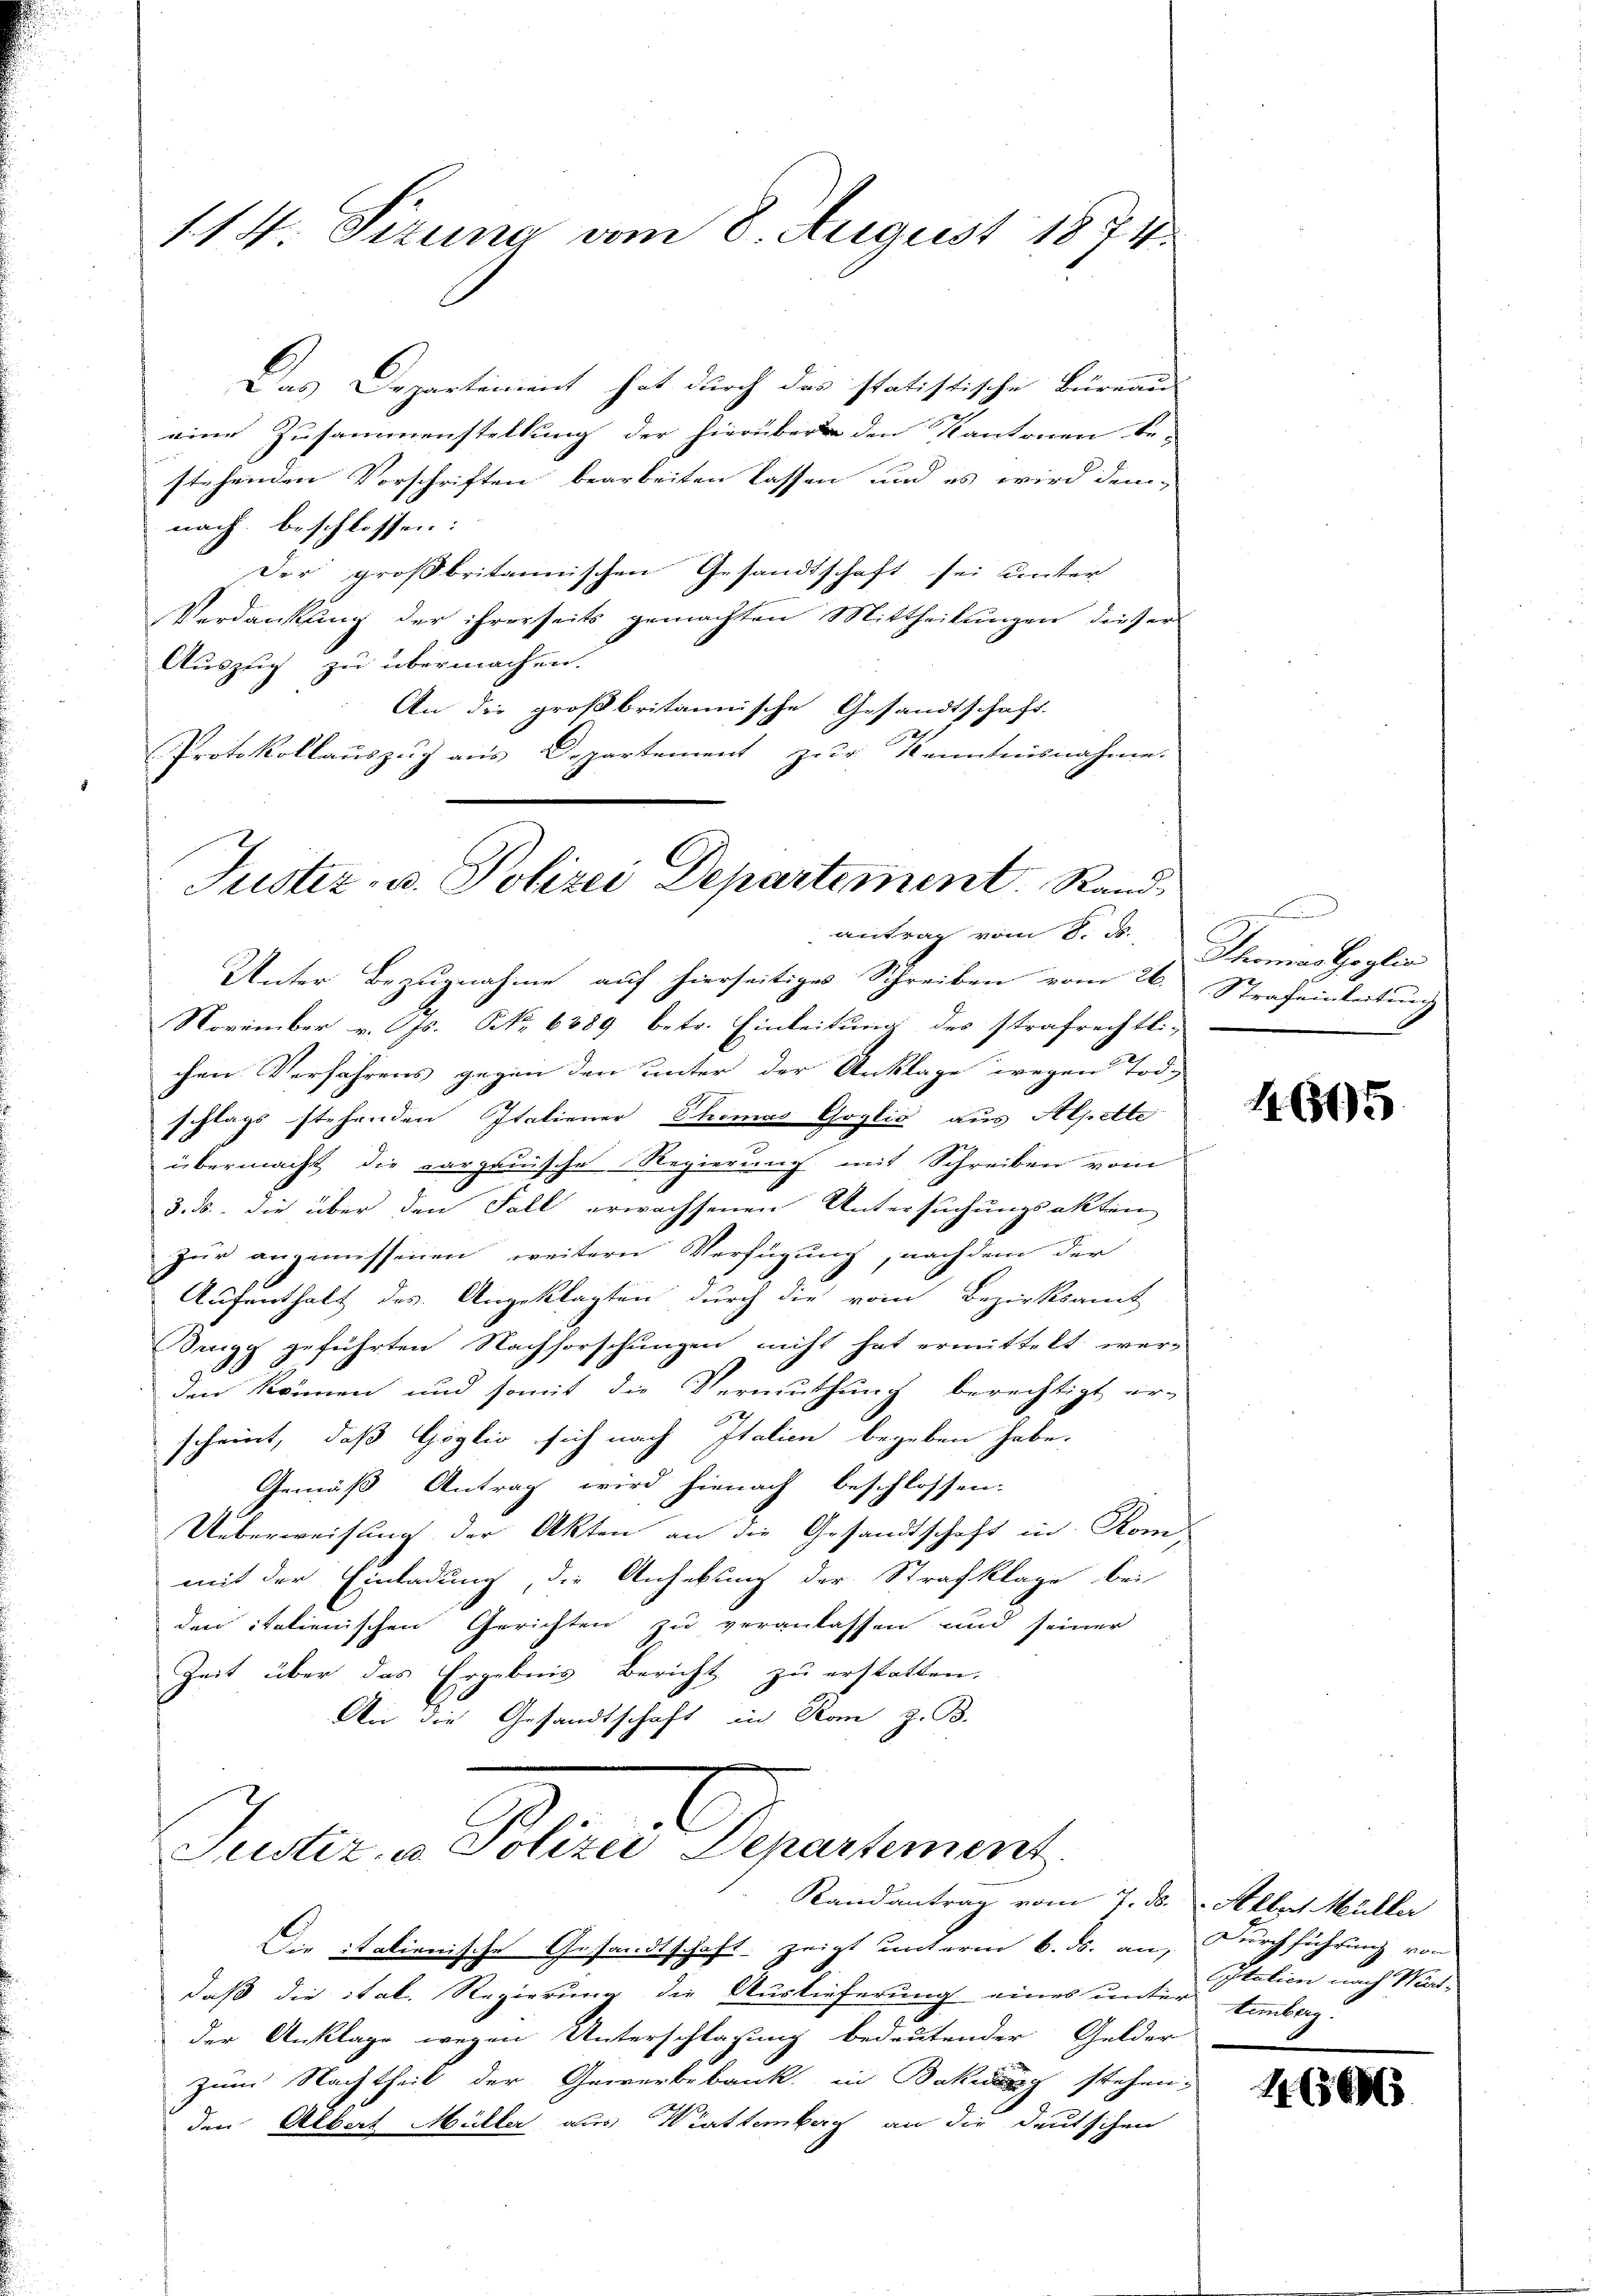
114. Sizung vom 8. August 1874.

Das Departiment hat durch das statistische Büreau
eine Zusammenstellung der hierüber den Kantonen be-
stehenden Vorschriften bearbeiten lassen und es wird dem-
nach beschlossen:
Der großbritannischen Gesandtschaft sei unter
Verdankung der ihrerseits gemachten Mittheilungen dieser
Auszug zu übermachen.
An die großbritannische Gesandtschaft.
2
Protokollauszug aus Departement zur Kenntnisnahme.

Justiz- u. Polizei Departement. Randantrag vom 8. ds.

Justiz, u. Polizei Departement.
Randantrag vom 7. ds. Allert Müller

Unter Bezugnahme auf hierseitiges Schreiben vom 26. Strafeinleitung
November v. Js. No 6889 betr. Einleitung des strafrechts-
chen Verfahrens gegen den unter der Anklage wegen Tode
schlags stehenden Italiener Thomas Goglio aus Alpette
e
übermacht die aargauische Regierung mit Schreiben vom
3. ds. die über den Fall erwachsenen Untersuchungsakten
ur angemessenen, weitern Verfügung, nachdem der
Aufenthalt des Angeklagten durch die vom Bezirksamt
Sengg geführten Nachforschungen nicht hat ermittelt wer-
den können und somit die Vermuthung berechtigt er-
29
scheint, daß Göglio sich nach Italien begeben habe,
Gemäß Antrag wird hienach beschlossen.
Ueberweisung der Akten an die Gesandtschaft in Rom
mit der Einladung, die Anhebung der Strafklage bei
den italienischen Gerichten zu veranlassen und seiner
Zeit über das Ergebnis Bericht zu erstatten.
An die Gesandtschaft in Kan z. B.

Thomas geglic

Die italienische Gesandtschaft zeigt unterm 6. ds. an, Durchführung von
daß die ital. Regierung die Auslieferung eines unter Santag.
der Anklage wegen Unterschlagung bedeutender Gelder
zum Nachtheil der Gewerbebank in Bakung stehen-
den Albert Müller aus Wittemberg an die deutschen

1615

Italien nach Wart¬

4600